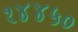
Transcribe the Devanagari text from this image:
१४४५०